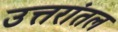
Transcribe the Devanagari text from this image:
उत्तरांतल